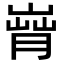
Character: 𦞄